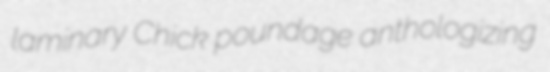
laminary Chick poundage anthologizing